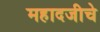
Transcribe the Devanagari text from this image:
महादजीचे